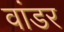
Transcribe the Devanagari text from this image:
वांडर